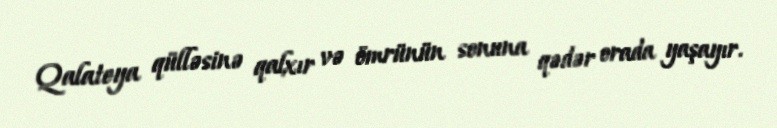
Qalateya qülləsinə qalxır və ömrünün sonuna qədər orada yaşayır.